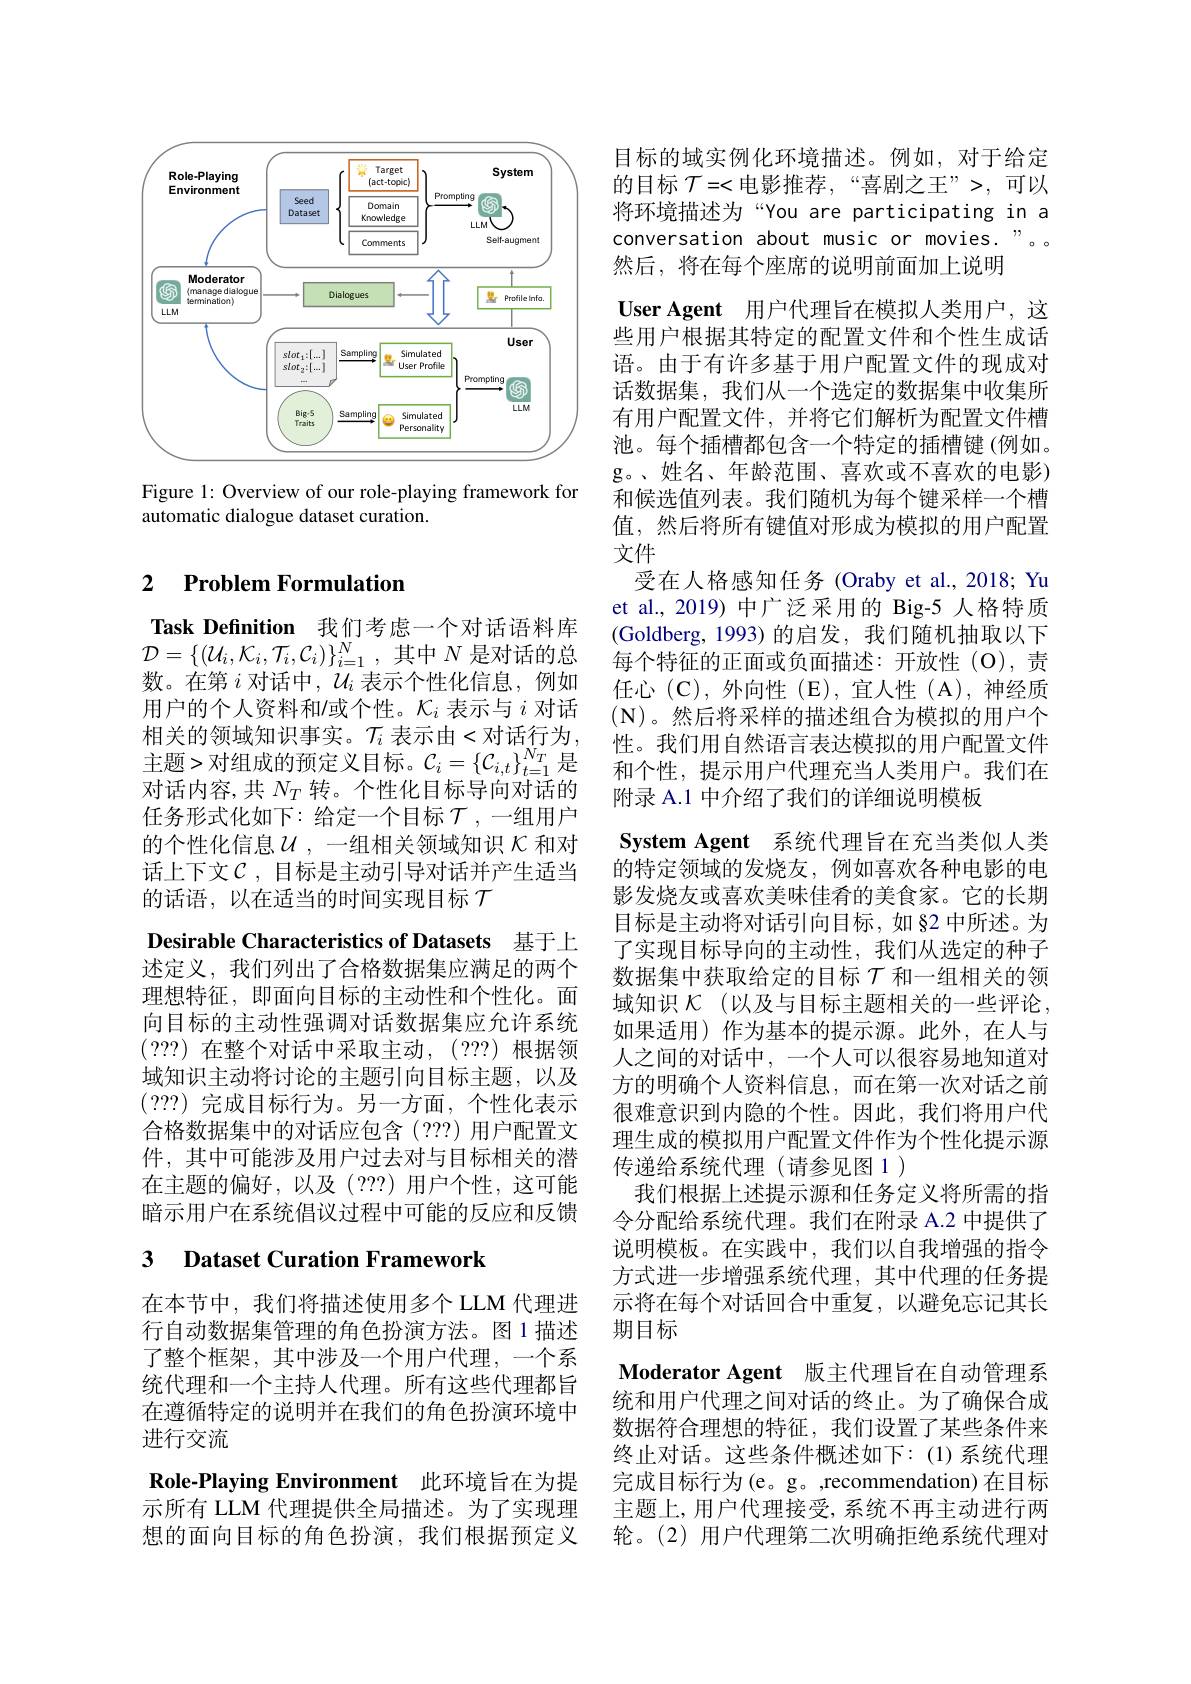
<FigureHere>

Figure 1: Overview of our role-playing framework for
automatic dialogue dataset curation.

### 2 $\textbf{Problem Formulation}$

Task Definition 我们考虑一个对话语料库$\mathcal{D}=\{(\mathcal{U}_i,\mathcal{K}_i,\mathcal{T}_i,\mathcal{C}_i)\}_{i=1}^N$,其中$N$是对话的总数。在第$i$对话中，$U_i$表示个性化信息，例如用户的个人资料和/或个性。$\mathcal{K}_i$表示与$i$对话相关的领域知识事实。$\mathcal{T}_i$ 表示由<对话行为， 主题>对组成的预定义目标。$\mathcal{C}_i=\{\mathcal{C}_{i,t}\}_{t=1}^{N_T}$是对话内容，共$N_T$转。个性化目标导向对话的任务形式化如下：给定一个目标$\mathcal{T}$,一组用户的个性化信息$\mathcal{U}$,一组相关领域知识$\mathcal{K}$和对话上下文$\mathcal{C}$,目标是主动引导对话并产生适当的话语，以在适当的时间实现目标$\mathcal{T}$
Desirable Characteristics of Datasets 基于上述定义，我们列出了合格数据集应满足的两个理想特征，即面向目标的主动性和个性化。面向目标的主动性强调对话数据集应允许系统(???)在整个对话中采取主动，(2??)根据领域知识主动将讨论的主题引向目标主题，以及(???)完成目标行为。另一方面，个性化表示合格数据集中的对话应包含(???)用户配置文件，其中可能涉及用户过去对与目标相关的潜在主题的偏好，以及(???) 用户个性，这可能暗示用户在系统倡议过程中可能的反应和反馈

## 3 $\textbf{Dataset Curation Framework}$

在本节中，我们将描述使用多个 LLM 代理进行自动数据集管理的角色扮演方法。图 1 描述了整个框架，其中涉及一个用户代理，一个系统代理和一个主持人代理。所有这些代理都旨在遵循特定的说明并在我们的角色扮演环境中进行交流
Role-Playing Environment 此环境旨在为提示所有 LLM 代理提供全局描述。为了实现理想的面向目标的角色扮演，我们根据预定义

目标的域实例化环境描述。例如，对于给定的目标 $\mathcal{T}=<$电影推荐，“喜剧之王”>,可以将环境描述为“You are participating in a conversation about music or movies."。然后，将在每个座席的说明前面加上说明
User Agent 用户代理旨在模拟人类用户，这些用户根据其特定的配置文件和个性生成话语。由于有许多基于用户配置文件的现成对话数据集，我们从一个选定的数据集中收集所有用户配置文件，并将它们解析为配置文件槽池。每个插槽都包含一个特定的插槽键(例如。g。、姓名、年龄范围、喜欢或不喜欢的电影) 和候选值列表。我们随机为每个键采样一个槽值，然后将所有键值对形成为模拟的用户配置文件
受在人格感知任务(Oraby et al.,2018; Yu et al., 2019) 中广泛采用的 Big-5 人格特质(Goldberg, 1993) 的启发，我们随机抽取以下每个特征的正面或负面描述：开放性(O),责任心(C),外向性(E),宜人性(A),神经质$(\mathbb{N})$。然后将采样的描述组合为模拟的用户个性。我们用自然语言表达模拟的用户配置文件和个性，提示用户代理充当人类用户。我们在附录 A.1 中介绍了我们的详细说明模板
System Agent 系统代理旨在充当类似人类的特定领域的发烧友，例如喜欢各种电影的电影发烧友或喜欢美味佳肴的美食家。它的长期目标是主动将对话引向目标，如§2 中所述。为了实现目标导向的主动性，我们从选定的种子数据集中获取给定的目标$\tau$ 和一组相关的领域知识$\mathcal{K}$ (以及与目标主题相关的一些评论， 如果适用)作为基本的提示源。此外，在人与人之间的对话中，一个人可以很容易地知道对方的明确个人资料信息，而在第一次对话之前很难意识到内隐的个性。因此，我们将用户代理生成的模拟用户配置文件作为个性化提示源传递给系统代理(请参见图 1)
我们根据上述提示源和任务定义将所需的指令分配给系统代理。我们在附录 A.2 中提供了说明模板。在实践中，我们以自我增强的指令方式进一步增强系统代理，其中代理的任务提示将在每个对话回合中重复，以避免忘记其长期目标
Moderator Agent 版主代理旨在自动管理系统和用户代理之间对话的终止。为了确保合成数据符合理想的特征，我们设置了某些条件来终止对话。这些条件概述如下：(1)系统代理完成目标行为(e。g。,recommendation)在目标主题上，用户代理接受，系统不再主动进行两轮。(2)用户代理第二次明确拒绝系统代理对